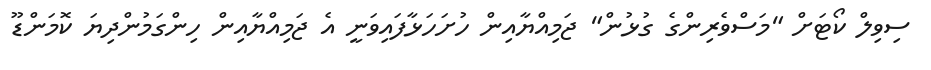
ސިވިލް ކޯޓަށް "މަސްވެރިންގެ ގުޅުން" ޖަމިއްޔާއިން ހުށަހަޅާފައިވަނީ އެ ޖަމިއްޔާއިން ހިންގަމުންދިޔަ ކޮމަންޑޫ